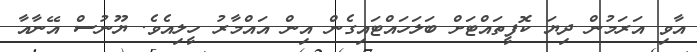
އާވި އަރަމުން ދިޔަ ކޮފީތައްޓަށް ބަލަހައްޓައިގެން އިން އައްމާރު ހީލިއެވެ. ޔޫނުސް އޭނާއާ